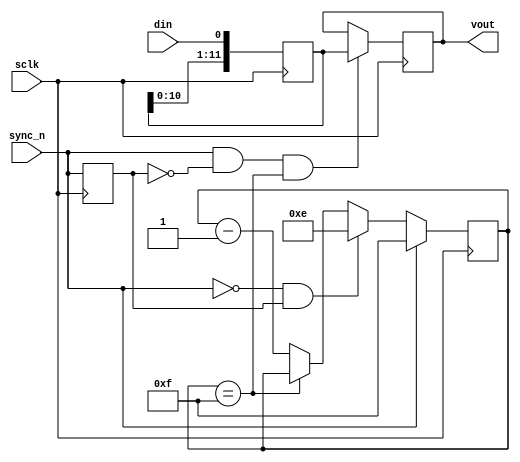
 //----------------------------------------------------------------------------
// Copyright (C) 2001 Authors
//
// Redistribution and use in source and binary forms, with or without
// modification, are permitted provided that the following conditions
// are met:
//     * Redistributions of source code must retain the above copyright
//       notice, this list of conditions and the following disclaimer.
//     * Redistributions in binary form must reproduce the above copyright
//       notice, this list of conditions and the following disclaimer in the
//       documentation and/or other materials provided with the distribution.
//     * Neither the name of the authors nor the names of its contributors
//       may be used to endorse or promote products derived from this software
//       without specific prior written permission.
//
// THIS SOFTWARE IS PROVIDED BY THE COPYRIGHT HOLDERS AND CONTRIBUTORS "AS IS"
// AND ANY EXPRESS OR IMPLIED WARRANTIES, INCLUDING, BUT NOT LIMITED TO, THE
// IMPLIED WARRANTIES OF MERCHANTABILITY AND FITNESS FOR A PARTICULAR PURPOSE
// ARE DISCLAIMED. IN NO EVENT SHALL THE COPYRIGHT HOLDER OR CONTRIBUTORS BE
// LIABLE FOR ANY DIRECT, INDIRECT, INCIDENTAL, SPECIAL, EXEMPLARY,
// OR CONSEQUENTIAL DAMAGES (INCLUDING, BUT NOT LIMITED TO, PROCUREMENT OF
// SUBSTITUTE GOODS OR SERVICES; LOSS OF USE, DATA, OR PROFITS; OR BUSINESS
// INTERRUPTION) HOWEVER CAUSED AND ON ANY THEORY OF LIABILITY, WHETHER IN
// CONTRACT, STRICT LIABILITY, OR TORT (INCLUDING NEGLIGENCE OR OTHERWISE)
// ARISING IN ANY WAY OUT OF THE USE OF THIS SOFTWARE, EVEN IF ADVISED OF
// THE POSSIBILITY OF SUCH DAMAGE
//
//----------------------------------------------------------------------------
//
// *File Name: DAC121S101.v
// 
// *Module Description:
//                       Verilog model of National's DAC121S101 12 bit DAC
//
// *Author(s):
//              - Olivier Girard,    olgirard@gmail.com
//
//----------------------------------------------------------------------------
// $Rev: 66 $
// $LastChangedBy: olivier.girard $
// $LastChangedDate: 2010-03-07 09:09:38 +0100 (Sun, 07 Mar 2010) $
//----------------------------------------------------------------------------
`timescale 1 ns/100 ps
//`include "timescale.v"
 
module  DAC121S101 (
 
// OUTPUTs
    vout,                           // Peripheral data output
 
// INPUTs
    din,                            // SPI Serial Data
    sclk,                           // SPI Serial Clock
    sync_n                          // SPI Frame synchronization signal (low active)
);

// OUTPUTs
//=========
output       [11:0] vout;           // Peripheral data output
 
// INPUTs
//=========
input               din;            // SPI Serial Data
input               sclk;           // SPI Serial Clock
input               sync_n;         // SPI Frame synchronization signal (low active)
 

//============================================================================
// 1) SPI INTERFACE
//============================================================================

// SPI Transfer Start detection
reg  sync_dly_n;
always @ (negedge sclk)
  sync_dly_n <= sync_n;

wire spi_tfx_start = ~sync_n & sync_dly_n;
   

// Data counter
reg [3:0] spi_cnt;
wire      spi_cnt_done = (spi_cnt==4'hf);
always @ (negedge sclk)
  if (sync_n)              spi_cnt <=  4'hf;
  else if (spi_tfx_start)  spi_cnt <=  4'he;
  else if (~spi_cnt_done)  spi_cnt <=  spi_cnt-1;

wire spi_tfx_done = sync_n & ~sync_dly_n & spi_cnt_done;

   
// Value to be shifted in
reg  [15:0] dac_shifter;
always @ (negedge sclk)
  dac_shifter <=  {dac_shifter[14:0], din};


// DAC Output value
reg  [11:0] vout;
always @ (negedge sclk)
  if (spi_tfx_done)
    vout <=  dac_shifter[11:0];


endmodule // DAC121S101